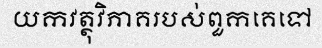
យកវត្ថុវិភាគរបស់ពួកគេទៅ